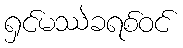
ရှင်မဿဲခရစ်ဝင်